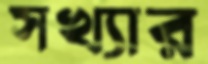
সখ্যার